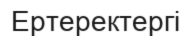
Ертеректергі